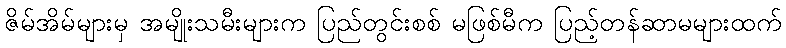
ဇိမ်အိမ်များမှ အမျိုးသမီးများက ပြည်တွင်းစစ် မဖြစ်မီက ပြည့်တန်ဆာမများထက်